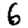
Digit: 6